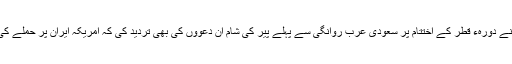
امریکی وزیر خارجہ نے اپنے دورہء قطر کے اختتام پر سعودی عرب روانگی سے پہلے پیر کی شام ان دعووں کی بھی تردید کی کہ امریکہ ایران پر حملے کی منصوبہ بندی کر رہا ہے۔